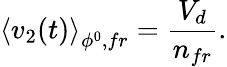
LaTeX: \left\langle v_{2}(t)\right\rangle_{\phi^{0},fr}=\frac{V_{d}}{n_{fr}}.